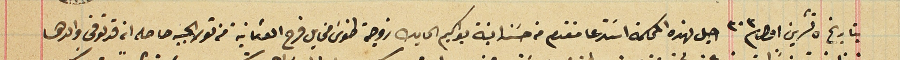
بتاريخ ٥ تشرين اول ٣٠٣ احيل لهذه المحكمة اسَتدعا مقدم من حسَنه ابنة يواكيم الحايك زوجة طنوسَ مخايل فرح العثمانية من تولا الجبه حاصله انه قد توفى والدها